Annual report on the working of the mental hospitals in the Madras Presidency - 1912-1932
Year: 1912
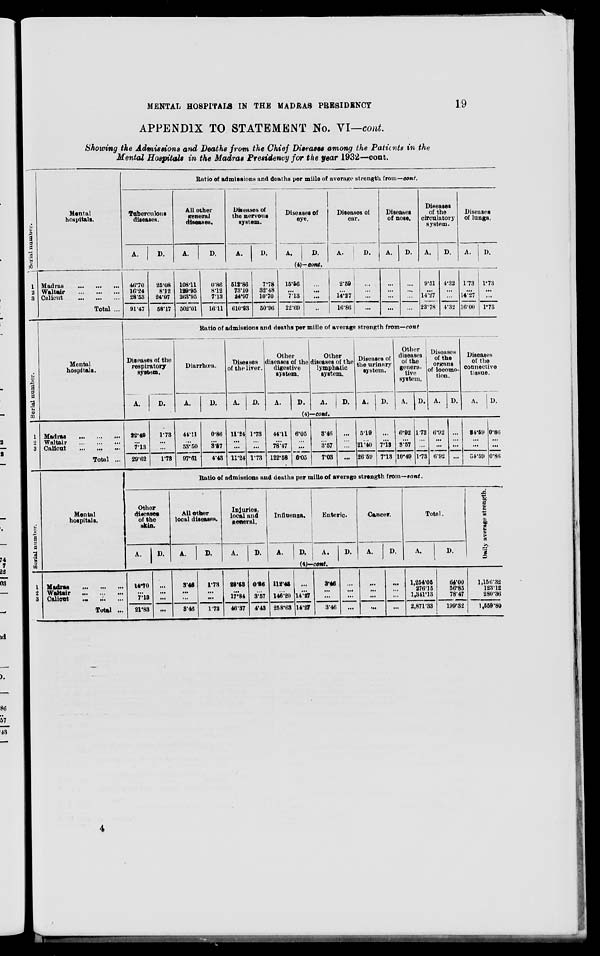
MENTAL HOSPITALS IN THE MADRAS PRESIDENCY
19
APPENDIX TO STATEMENT No. VI—cont.
Showing the Admissions and Deaths from the Chief Diseases among the Patients in the
Mental Hospitals in the Madras Presidency for the year 1932—cont.
Serial number.
1
2
3
Mental
hospitals.
Madras
...
...
...
Waltair ... ... ...
Calicut ... ... ...
Total ...
Ratio of admissions and deaths per mille of average strength from—cont.
Tuberculous
diseases.
A.
D.
All other
general
diseases.
A.
D.
Diseases of
the nervous
system.
A.
D.
Diseases of
eye.
A.
D.
Diseases of
ear.
A.
D.
Diseases
of nose.
A.
D.
Diseases
of the
circulatory
system.
A.
D.
Diseases
of lungs.
A.
D.
(4)—cont.
46.70
16.24
28.53
91.47
25.08
8.12
24.97
58.17
108.11
129.95
263.95
502.01
0.86
8.12
7.13
16.11
512.86
73.10
24.97
610.93
7.78
32.48
10.70
50.96
15.56
...
7.13
22.69
...
...
...
...
2.59
...
14.27
16.86
...
...
...
...
...
...
...
...
...
...
...
...
9.51
...
14.27
23.78
4.32
...
...
4.32
1.73
...
14.27
16.00
1.73
...
...
1.73
Serial number.
1
2
3
Mental
hospitals.
Madras
...
...
...
Waltair
...
...
...
Calicut ... ... ...
Total ...
Ratio of admissions and deaths per mille of average strength from—cont.
Diseases of the
respiratory
system.
A.
D.
Diarrhœa.
A.
D.
Diseases
of the liver.
A.
D.
Other
diseases of the
digestive
system.
A.
D.
Other
diseases of the
lymphatic
system.
A.
D.
Diseases of
the urinary
system.
A.
D.
Other
diseases
of the
genera-
tive
system.
A.
D.
Diseases
of the
organs
of locomo-
tion.
A. D.
Diseases
of the
connective
tissue.
A. D.
(4)—cont.
22.49
...
7.13
29.62
1.73
...
...
1.73
44.11
...
53.50
97.61
0.86
...
3.57
4.43
11.24
...
...
11.24
1.73
...
...
1.73
44.11
...
78.47
122.58
6.05
...
...
6.05
3.46
...
3.57
7.03
...
...
...
...
5.19
...
21.40
26.59
...
...
7.13
7.13
6.92
...
3.57
10.40
1.73
...
...
1.73
6.92
...
...
6.92
...
...
...
...
34.59
...
...
34.59
0.86
...
...
0.86
Serial number.
1
2
3
Mental
hospitals.
Madras ... ... ...
Waltair
...
...
...
Calicut
...
...
...
Total ...
Ratio of admissions and deaths per mille of average strength from—cont.
Other
diseases
of the
skin.
A.
D.
All other
local diseases.
A.
D.
Injuries,
local and
general.
A.
D.
Influenza.
A.
D.
Enteric.
A.
D.
Cancer.
A.
D.
Total.
A.
D.
(4)—cont.
14.70
...
7.13
21.83
...
...
...
...
3.48
...
...
3.46
1.73
...
1.73
28.53
...
17.84
46.37
0.86
...
3.57
4.43
112.43
...
146.20
258.63
...
...
14.27
14.27
3.46
...
...
3.46
...
...
...
...
...
...
...
...
...
...
...
...
1,254.05
276.15
1,341.13
2,871.33
64.00
56.85
78.47
199.32
Daily average strength.
1,156.32
123.12
280.36
1,559.80
4